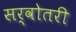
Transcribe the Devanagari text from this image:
सर्वोतरी